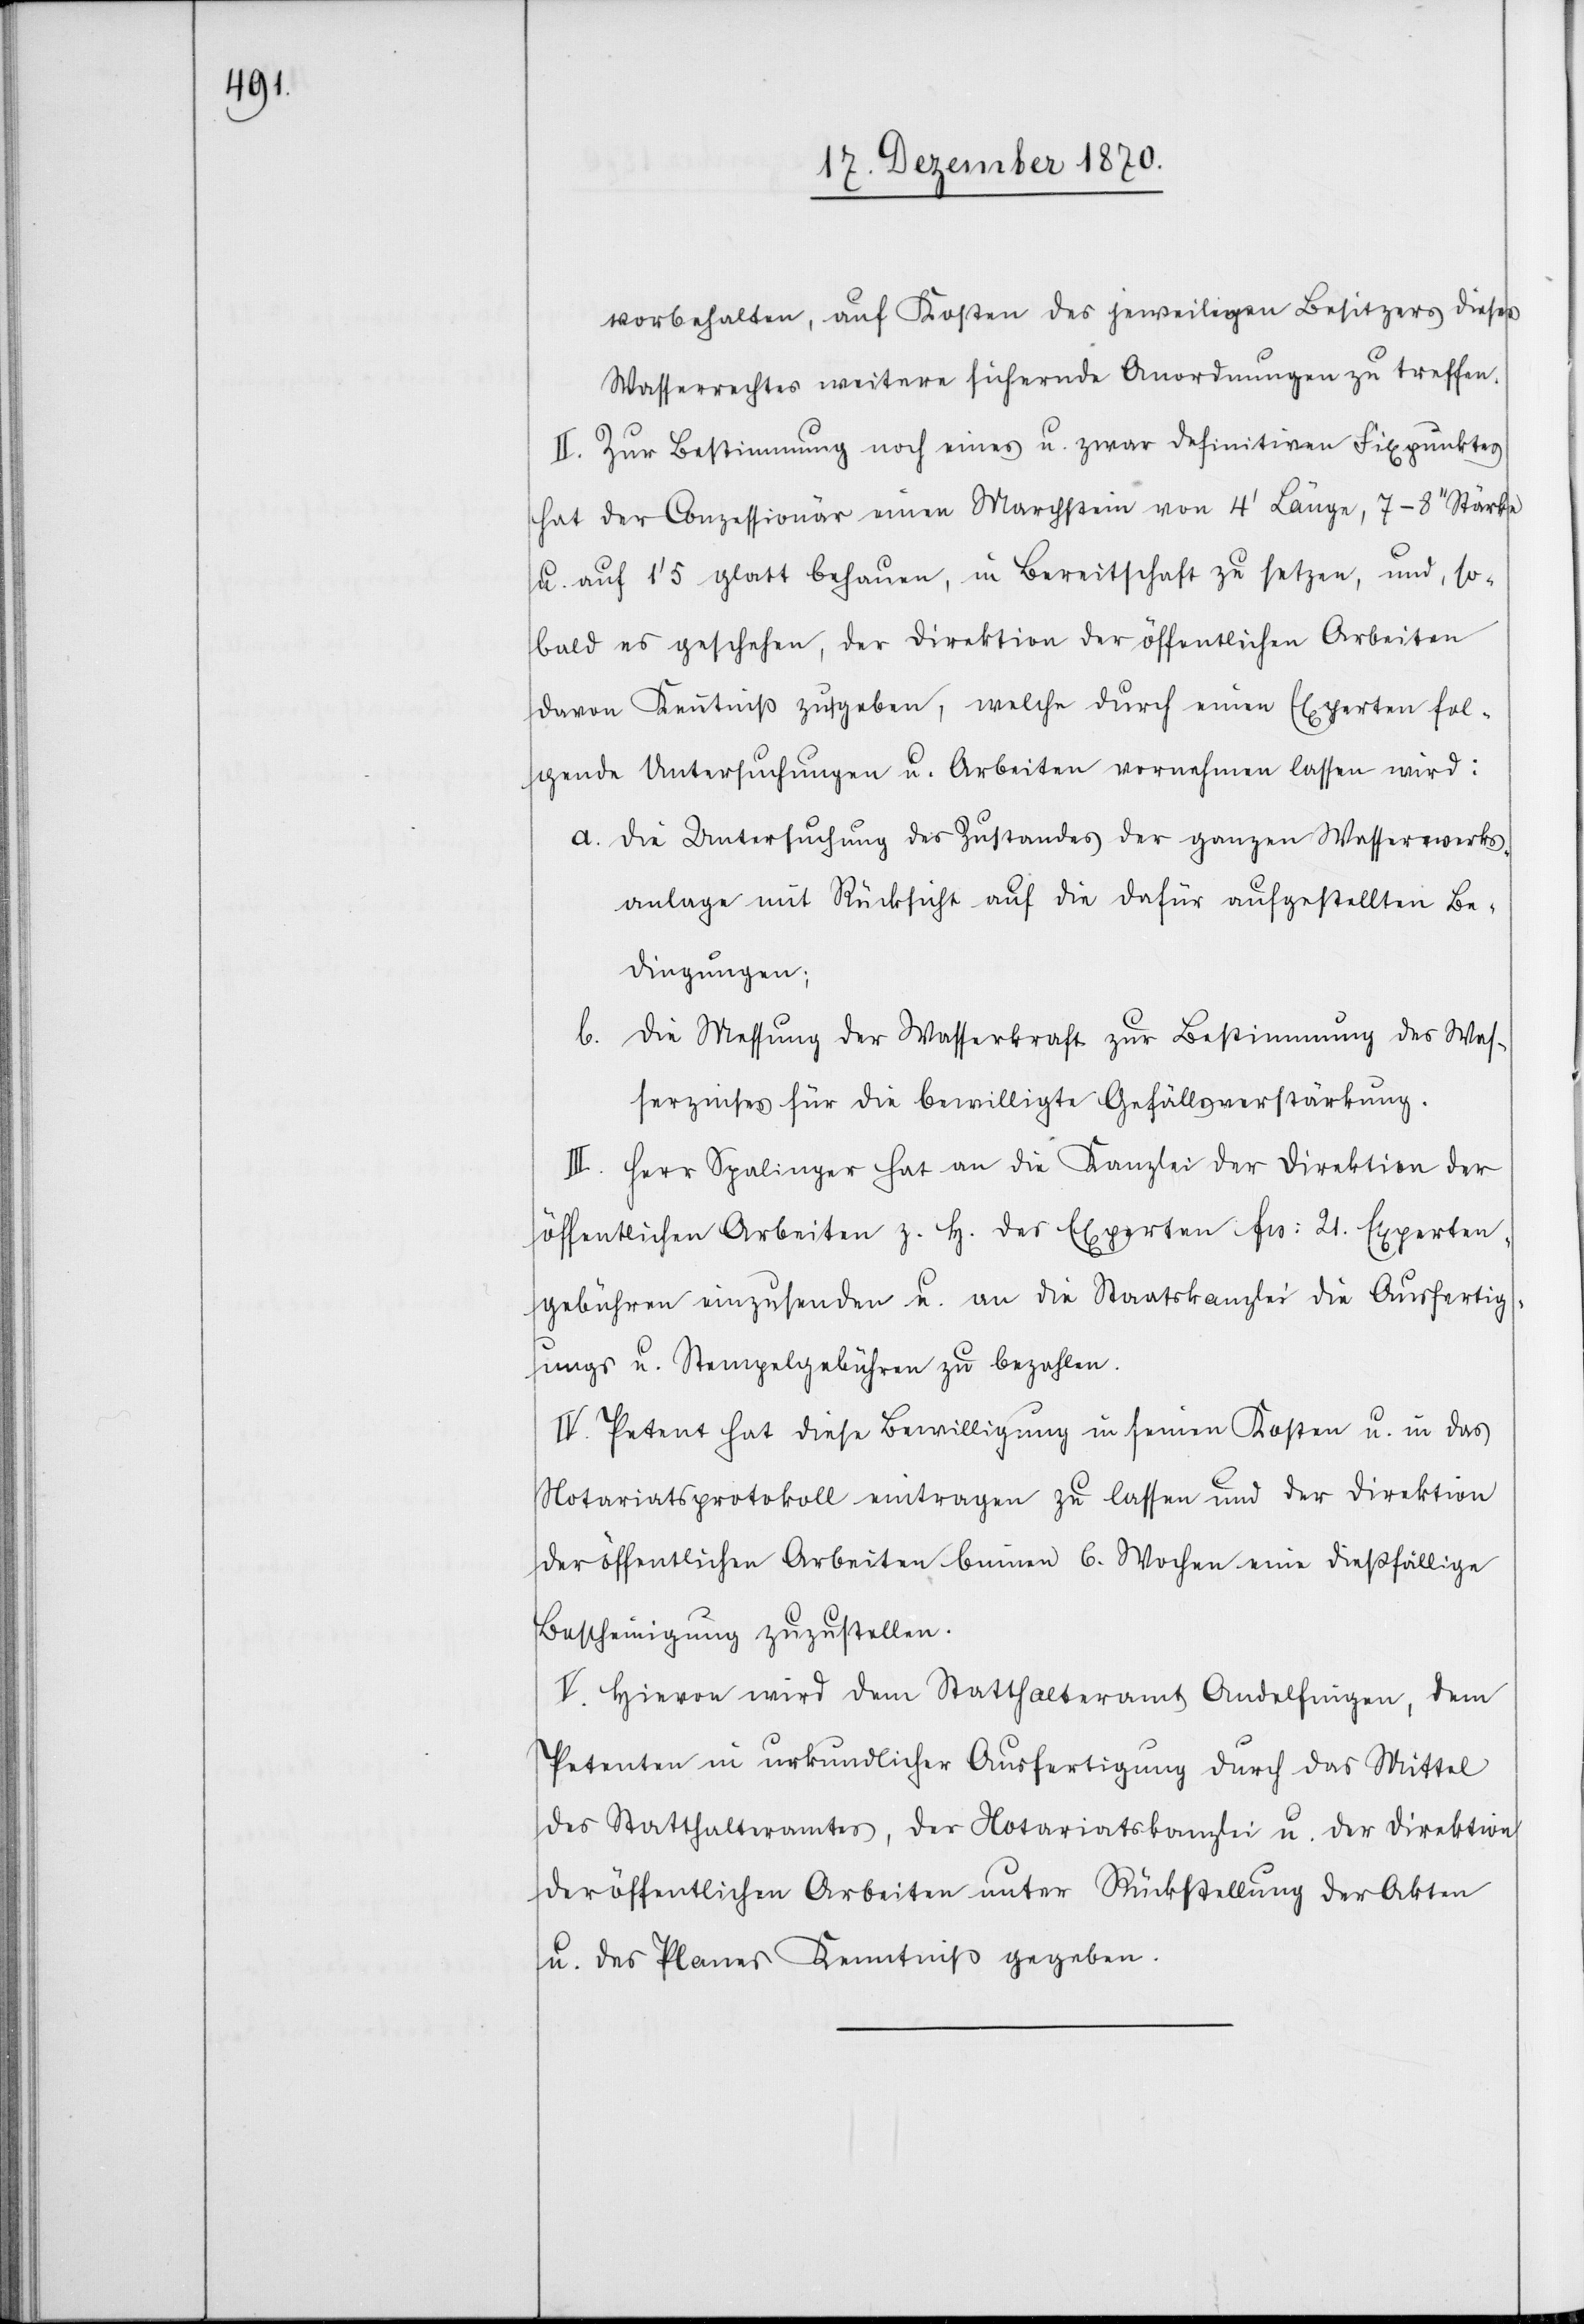
vorbehalten, auf Kosten des jeweiligen Besitzers dieses
Wasserrechtes weitere sichernde Anordnungen zu treffen.
II. Zur Bestimmung noch eines u. zwar definitiven Fixpunktes
hat der Conzessionär einen Marchstein von 4’ Länge, 7–8’’ Stärke
u. auf 1’5 glatt behauen, in Bereitschaft zu setzen, und, so¬
bald es geschehen, der Direktion der öffentlichen Arbeiten
davon Kenntniß zu geben, welche durch einen Experten fol¬
gende Untersuchungen u. Arbeiten vornehmen lassen wird:
a. Die Untersuchung des Zustandes der ganzen Wasserwerks¬
anlage mit Rücksicht auf die dafür aufgestellten Be¬
dingungen;
b. Die Messung der Wasserkraft zur Bestimmung des Was¬
serzinses für die bewilligte Gefällsverstärkung.
III. Herr Spalinger hat an die Kanzlei der Direktion der
öffentlichen Arbeiten z. H. des Experten Frs: 21. Experten¬
gebühren einzusenden u. an die Staatskanzlei die Ausfertig¬
ungs- u. Stempelgebühren zu bezahlen.
IV. Petent hat diese Bewilligung in seinen Kosten u. in das
Notariatsprotokoll eintragen zu lassen und der Direktion
der öffentlichen Arbeiten binnen 6. Wochen eine dießfällige
Bescheinigung zuzustellen.
V. Hievon wird dem Statthalteramt Andelfingen, dem
Petenten in urkundlicher Ausfertigung durch das Mittel
des Statthalteramtes, der Notariatskanzlei u. der Direktion
der öffentlichen Arbeiten unter Rückstellung der Akten
u. des Planes Kenntniß gegeben.